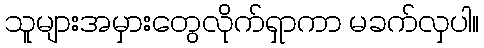
သူများအမှားတွေလိုက်ရှာကာ မခက်လှပါ။